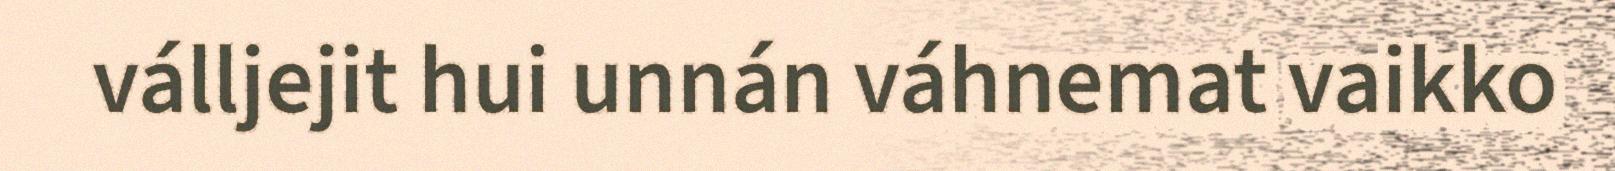
válljejit hui unnán váhnemat vaikko